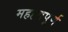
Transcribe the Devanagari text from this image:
महह्वपूर्ण